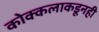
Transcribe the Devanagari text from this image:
कोक्कलाकडूनही